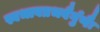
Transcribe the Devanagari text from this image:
स्वभावप्रभवैर्गुणैः